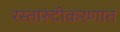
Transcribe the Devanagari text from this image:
रस्तारुंदीकरणात